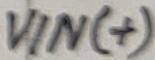
Text: VIN(+)